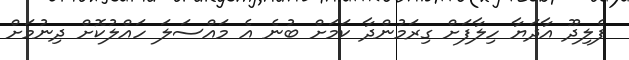
ފެލިދޫ އާދަޔާ ހިލާފަށް ގިރަމުންދާ ކަމަށް ބުނެ އެ މައްސަލަ ހައްލުކޮށް ދިނުމަށް